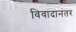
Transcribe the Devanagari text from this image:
विवादानंतर